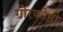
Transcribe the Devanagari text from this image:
गोरकोष्ठी